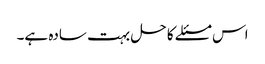
اس مسئلے کا حل بہت سادہ ہے۔